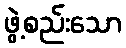
ဖွဲ့စည်းသော